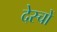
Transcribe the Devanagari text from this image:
देस्चों